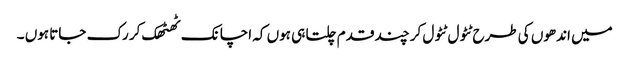
میں اندھوں کی طرح ٹٹول ٹٹول کر چند قدم چلتا ہی ہوں کہ اچانک ٹھٹھک کر رک جاتا ہوں ۔